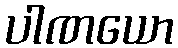
ပါဏယော